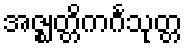
အဇ္ဈတ္တိကင်္ဂသုတ္တ